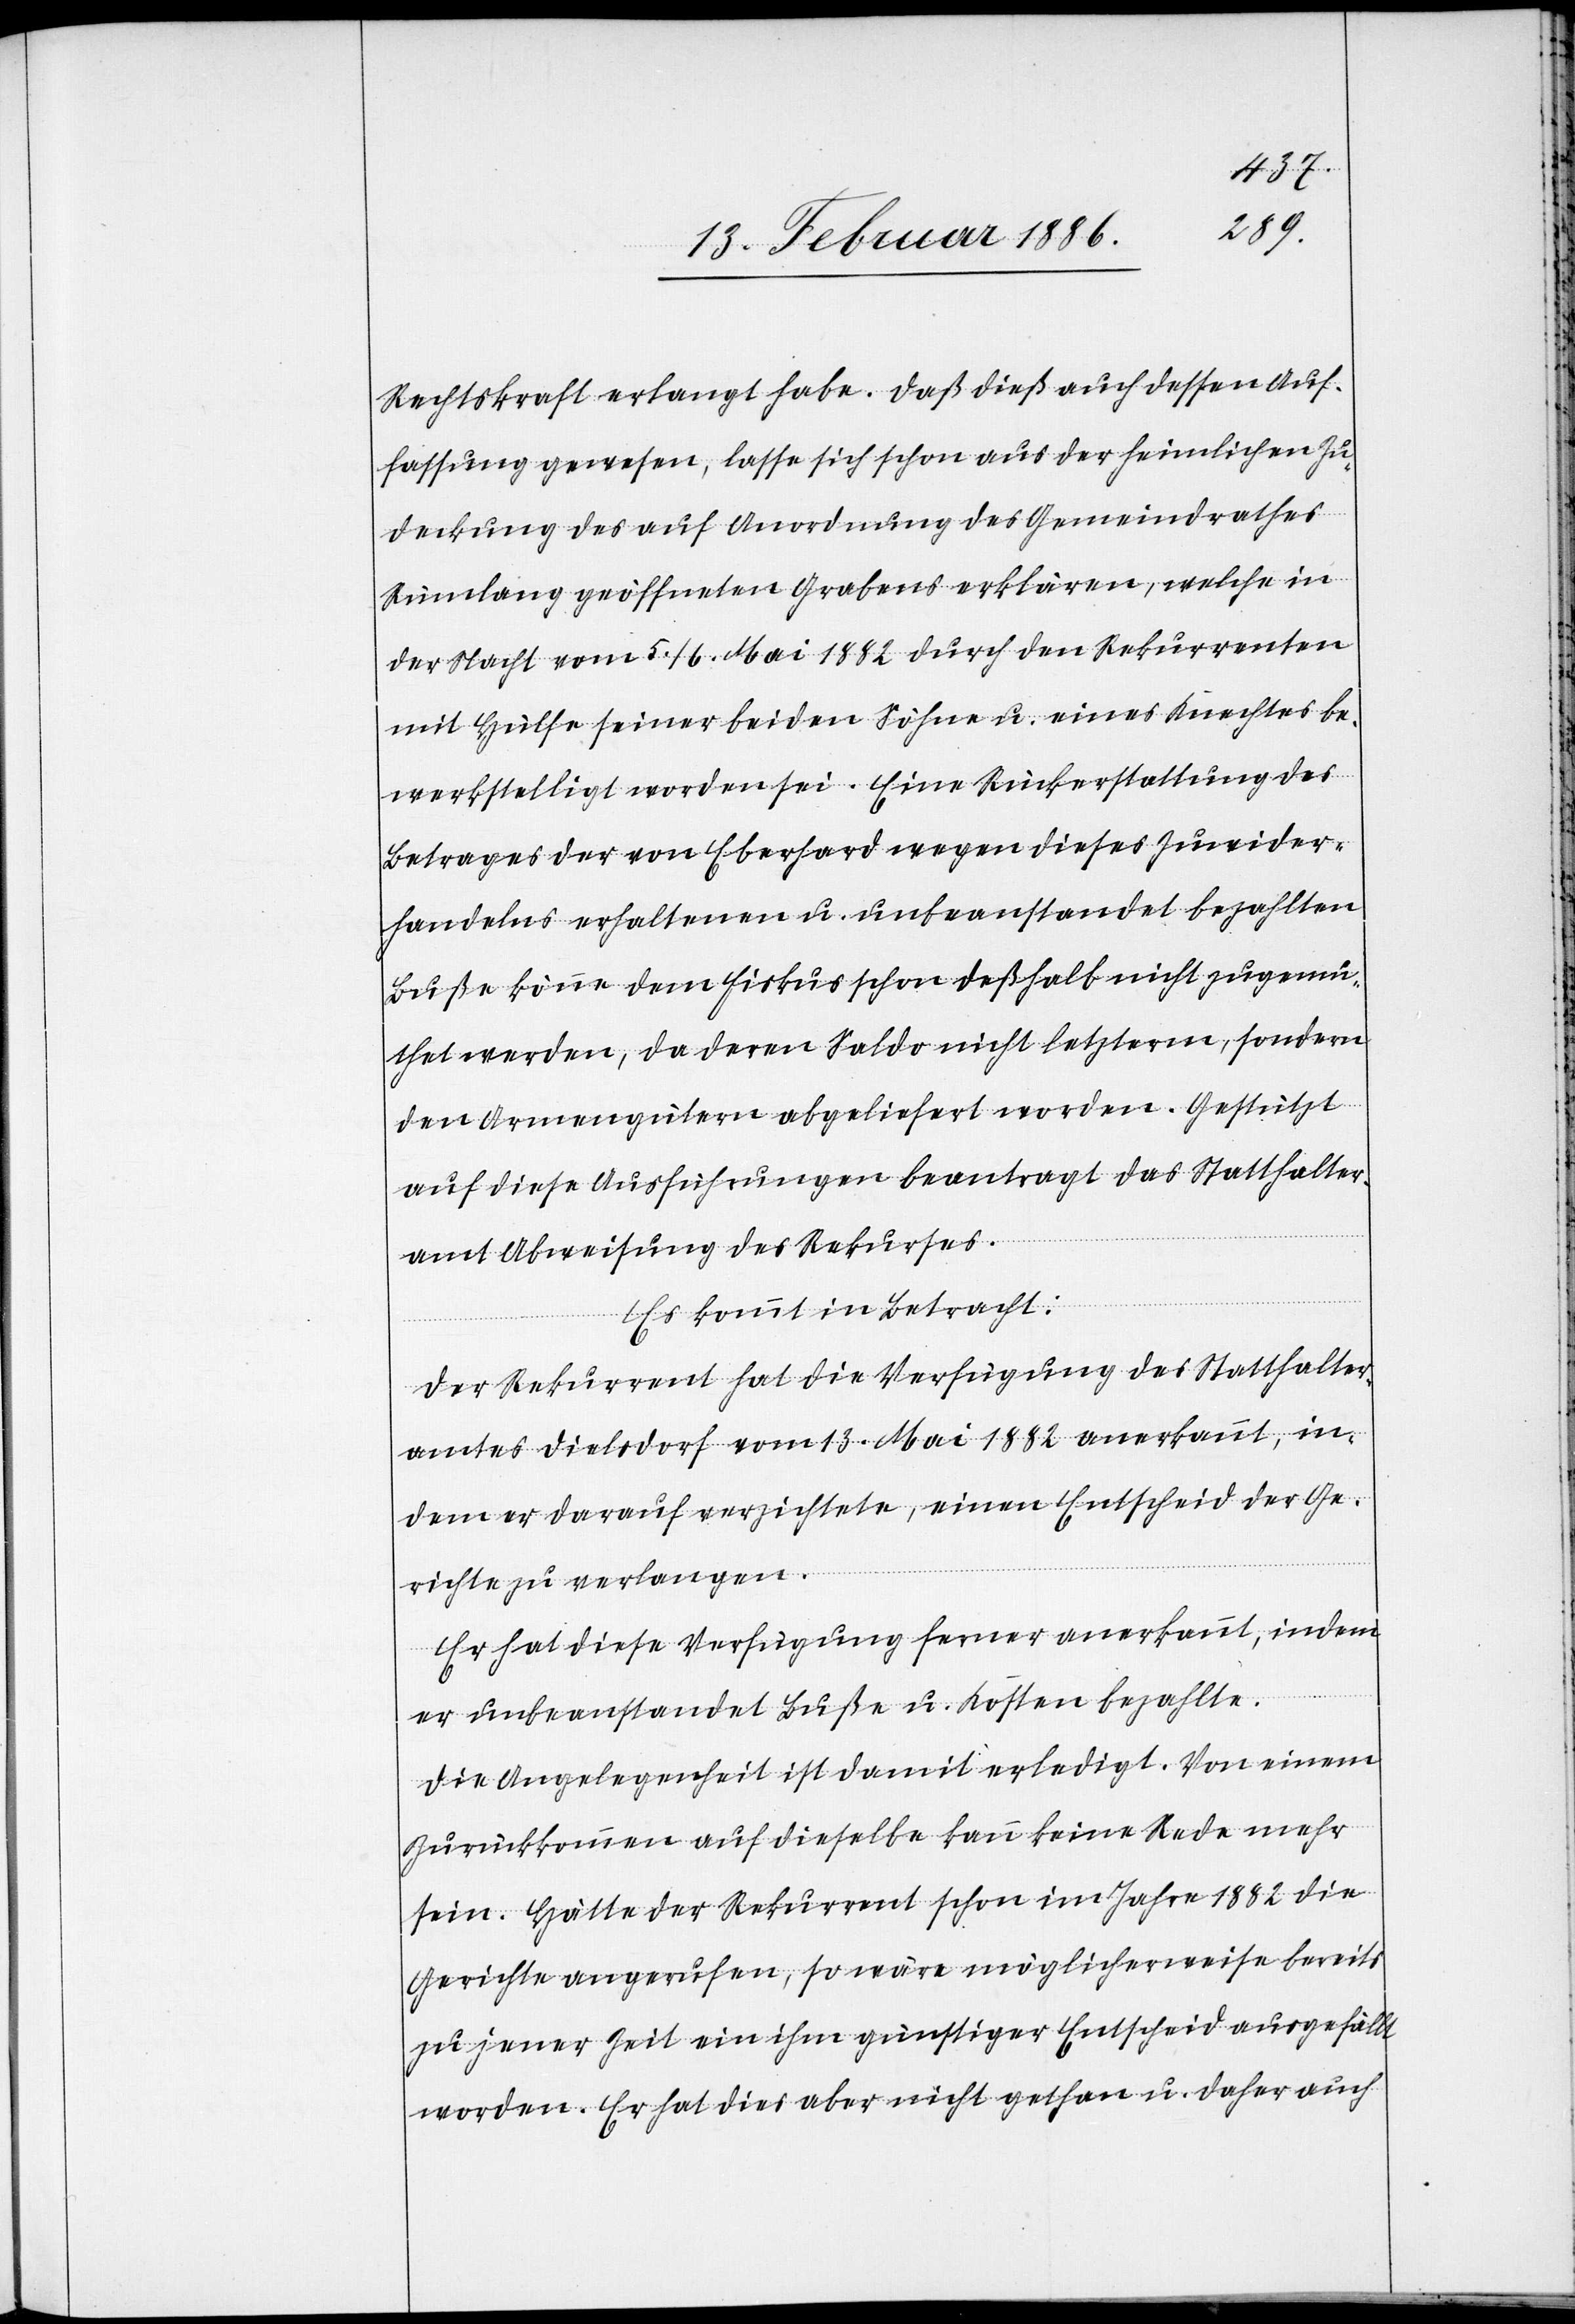
Rechtskraft erlangt habe. Daß dieß auch dessen Auf¬
fassung gewesen, lasse sich schon aus der heimlichen Zu¬
deckung des auf Anordnung des Gemeindrathes
Rümlang geöffneten Grabens erklären, welche in
der Nacht vom 5./6. Mai 1882 durch den Rekurrenten
mit Hülfe seiner beiden Söhne u. eines Knechtes be¬
werkstelligt worden sei. Eine Rückerstattung des
Betrages der von Eberhard wegen dieses Zuwider¬
handelns erhaltenen u. unbeanstandet bezahlten
Buße könne dem Fiskus schon deßhalb nicht zugemu¬
thet werden, da deren Saldo nicht letzterm, sondern
den Armengütern abgeliefert worden. Gestützt
auf diese Ausführung beantragt das Statthalter¬
amt Abweisung des Rekurses.
Es kommt in Betracht:
Der Rekurrent hat die Verfügung des Statthalter¬
amtes Dielsdorf vom 13. Mai 1882 anerkannt, in¬
dem
er unbeanstandet Buße u. Kosten bezahlte.
Die Angelegenheit ist damit erledigt. Von einem
Zurückkommen auf dieselbe kann keine Rede mehr
sein. Hätte der Rekurrent schon im Jahre 1882 die
Gerichte angerufen, so wäre möglicherweise bereits
zu jener Zeit ein ihm günstiger Entscheid ausgefällt
worden. Er hat dies aber nicht gethan u. daher auch